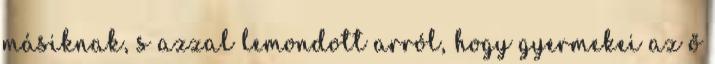
másiknak, s azzal lemondott arról, hogy gyermekei az ő